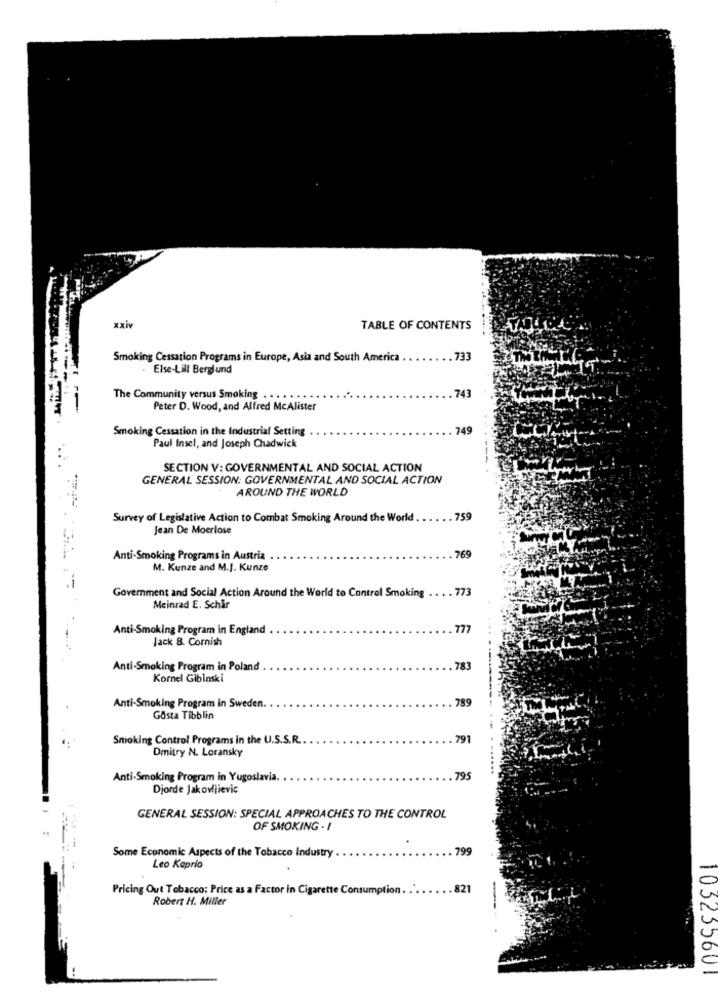
xxiv
TABLE OF CONTENTS
Smoking Cessation Programs in Europe, Asia and South America
. . 733
Else-Lill Berglund
743
The Community versus Smoking . . . .
Peter D. Wood, and Alfred McAlister
Smoking Cessation in the Industrial Setting
. 749
Paul Insel, and Joseph Chadwick
SECTION V: GOVERNMENTAL AND SOCIAL ACTION
GENERAL SESSION: GOVERNMENTAL AND SOCIAL ACTION
AROUND THE WORLD
Survey of Legislative Action to Combat Smoking Around the World
.... 759
Jean De Moerlose
Anti-Smoking Programs in Austria
769
M. Kunze and M.J. Kunze
Government and Social Action Around the World to Control Smoking .
... 773
Meinrad E. Schar
Anti-Smoking Program in England
777
Jack 8. Cornish
Anti-Smoking Program in Poland
783
Kornel Gibinski
Anti-Smoking Program in Sweden.
789
Gosta Tibblin
Smoking Control Programs in the U.S.S.R ..
791
Dmitry N. Loransky
Anti-Smoking Program in Yugoslavia.
795
Djorde Jakovjievic
GENERAL SESSION: SPECIAL APPROACHES TO THE CONTROL
OF SMOKING . I
Some Economic Aspects of the Tobacco Industry
799
Leo Kaprio
Pricing Out Tobacco: Price as a Factor in Cigarette Consumption. . ".
821
Robert H. Miller
103235601